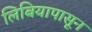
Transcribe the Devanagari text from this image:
लिबियापासून